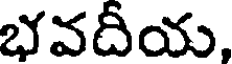
భవదీయ,